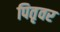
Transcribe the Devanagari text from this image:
पितृवर